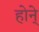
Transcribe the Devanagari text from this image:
होने्